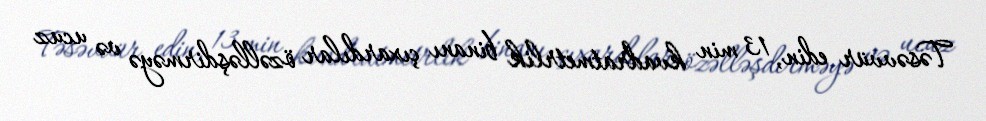
Təsəvvür edin, 13 min kvadratmetrlik binanı çıxardılar özəlləşdirməyə və ucuz